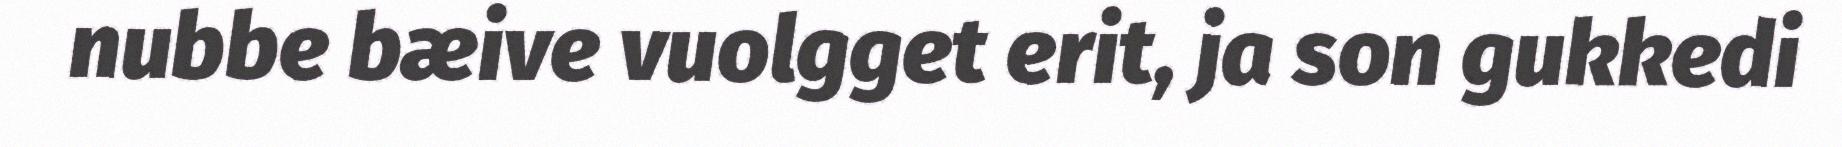
nubbe bæive vuolgget erit, ja son gukkedi